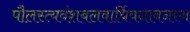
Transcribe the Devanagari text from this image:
पौलस्त्यवंशबलवार्धिवनावनस्य